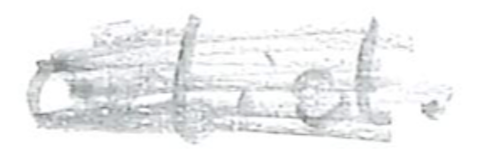
Text: artist.
Cross-out: mix
Writing tool: pencil